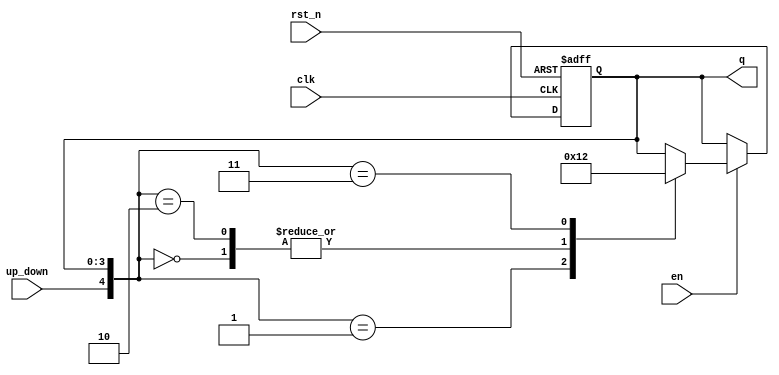
module gray_counter (
    input clk,
    input rst_n,
    input en,
    input up_down,
    output reg [3:0] q
);

reg [3:0] next_state;

always @(posedge clk or negedge rst_n) begin
    if (~rst_n) begin
        q <= 4'b0000;
    end else if (en) begin
        q <= next_state;
    end
end

always @(*) begin
    case({up_down, q})
        2'b00_0000: begin
            next_state = 4'b0001;
        end
        2'b01_0001: begin
            next_state = 4'b0000;
        end
        2'b00_0001, 2'b11_0000: begin
            next_state = 4'b0010;
        end
        2'b01_0010, 2'b10_0001: begin
            next_state = 4'b0001;
        end
        2'b00_0010, 2'b11_0001: begin
            next_state = 4'b0011;
        end
        2'b01_0011, 2'b10_0010: begin
            next_state = 4'b0010;
        end
        2'b00_0011, 2'b11_0010: begin
            next_state = 4'b1011;
        end
        2'b01_1011, 2'b10_0011: begin
            next_state = 4'b0011;
        end
        2'b00_1011, 2'b11_0011: begin
            next_state = 4'b1010;
        end
        2'b01_1010, 2'b10_1011: begin
            next_state = 4'b1011;
        end
        2'b00_1010, 2'b11_1011: begin
            next_state = 4'b1011;
        end
        2'b01_1011, 2'b10_1010: begin
            next_state = 4'b1010;
        end
        default: next_state = q;
    endcase
end

endmodule